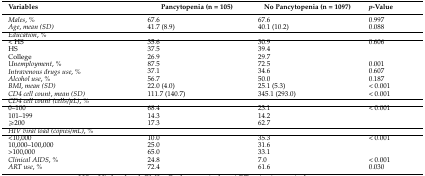
<table><thead><tr><td><b>Variables</b></td><td><b>Pancytopenia (n = 105)</b></td><td><b>No Pancytopenia (n = 1097)</b></td><td><b><i>p</i>-Value</b></td></tr></thead><tbody><tr><td><i>Males</i>, <i>%</i></td><td>67.6</td><td>67.6</td><td>0.997</td></tr><tr><td><i>Age</i>, <i>mean (SD)</i></td><td>41.7 (8.9)</td><td>40.1 (10.2)</td><td>0.088</td></tr><tr><td><i>Education</i>, <i>%</i></td><td></td><td></td><td></td></tr><tr><td>&lt; HS</td><td>35.6</td><td>30.9</td><td>0.606</td></tr><tr><td>HS</td><td>37.5</td><td>39.4</td><td></td></tr><tr><td>College</td><td>26.9</td><td>29.7</td><td></td></tr><tr><td><i>Unemployment</i>, <i>%</i></td><td>87.5</td><td>72.5</td><td>0.001</td></tr><tr><td><i>Intravenous drugs use</i>, <i>%</i></td><td>37.1</td><td>34.6</td><td>0.607</td></tr><tr><td><i>Alcohol use</i>, <i>%</i></td><td>56.7</td><td>50.0</td><td>0.187</td></tr><tr><td><i>BMI</i>, <i>mean (SD)</i></td><td>22.0 (4.0)</td><td>25.1 (5.3)</td><td>&lt; 0.001</td></tr><tr><td><i>CD4 cell count</i>, <i>mean (SD)</i></td><td>111.7 (140.7)</td><td>345.1 (293.0)</td><td>&lt; 0.001</td></tr><tr><td><i>CD4 cell count (cells/μL)</i>, <i>%</i></td><td></td><td></td><td></td></tr><tr><td>0–100</td><td>68.4</td><td>23.1</td><td>&lt; 0.001</td></tr><tr><td>101–199</td><td>14.3</td><td>14.2</td><td></td></tr><tr><td>≥200</td><td>17.3</td><td>62.7</td><td></td></tr><tr><td><i>HIV viral load (copies/mL)</i>, <i>%</i></td><td></td><td></td><td></td></tr><tr><td>&lt;10,000</td><td>10.0</td><td>35.3</td><td>&lt; 0.001</td></tr><tr><td>10,000–100,000</td><td>25.0</td><td>31.6</td><td></td></tr><tr><td>&gt;100,000</td><td>65.0</td><td>33.1</td><td></td></tr><tr><td><i>Clinical AIDS</i>, <i>%</i></td><td>24.8</td><td>7.0</td><td>&lt; 0.001</td></tr><tr><td><i>ART use</i>, <i>%</i></td><td>72.4</td><td>61.6</td><td>0.030</td></tr></tbody></table>